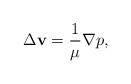
LaTeX: \begin{align*}\Delta {\bf v} = \frac{1}{\mu} \nabla p, \end{align*}